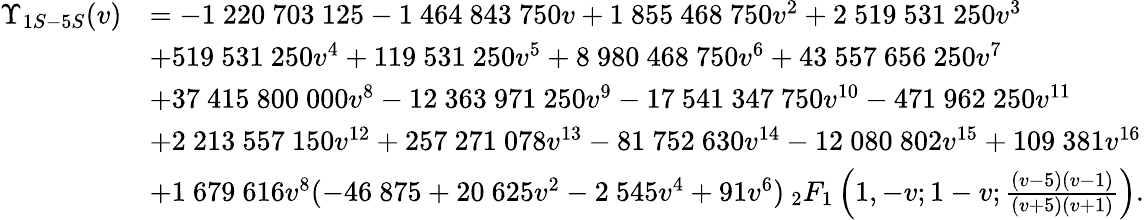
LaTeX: \begin{array}{rl}{\Upsilon_{1S-5S}(v)}&{=-1~220~703~125-1~464~843~750v+1~855~468~750v^{2}+2~519~531~250v^{3}}\\ &{+519~531~250v^{4}+119~531~250v^{5}+8~980~468~750v^{6}+43~557~656~250v^{7}}\\ &{+37~415~800~000v^{8}-12~363~971~250v^{9}-17~541~347~750v^{10}-471~962~250v^{11}}\\ &{+2~213~557~150v^{12}+257~271~078v^{13}-81~752~630v^{14}-12~080~802v^{15}+109~381v^{16}}\\ &{+1~679~616v^{8}(-46~875+20~625v^{2}-2~545v^{4}+91v^{6})\: _{2}F_{1}\left(1,-v;1-v;\frac{(v-5)(v-1)}{(v+5)(v+1)}\right).}\end{array}